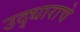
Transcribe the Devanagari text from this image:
उद्धाराचे